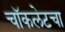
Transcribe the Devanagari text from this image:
चॉकलेटचा